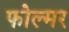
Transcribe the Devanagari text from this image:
फोल्मर